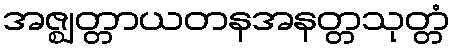
အဇ္ဈတ္တာယတနအနတ္တသုတ္တံ